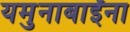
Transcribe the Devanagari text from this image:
यमुनाबाईंना